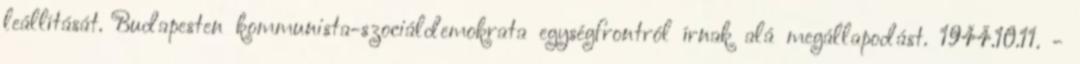
leállítását. Budapesten kommunista-szociáldemokrata egységfrontról írnak alá megállapodást. 1944.10.11. -